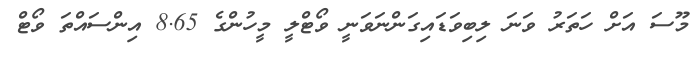
މޫސަ އަށް ހަތަރު ވަނަ ލިބިވަޑައިގަންނަވަނީ ވޯޓްލީ މީހުންގެ 8.65 އިންސައްތަ ވޯޓް